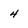
Character: 4